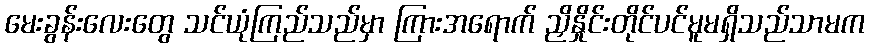
မေးခွန်းလေးတွေ သင်ယုံကြည်သည်မှာ ကြားအရောက် ညှိနှိုင်းတိုင်ပင်မူမရှိသည်သာမက